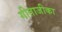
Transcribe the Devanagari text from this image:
गीताजीका